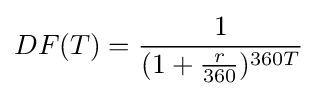
DF(T)={\frac {1}{(1+{\frac {r}{360}})^{360T}}}